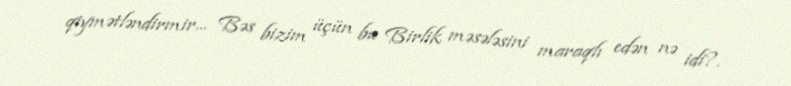
qiymətləndirmir... Bəs bizim üçün bu Birlik məsələsini maraqlı edən nə idi?.